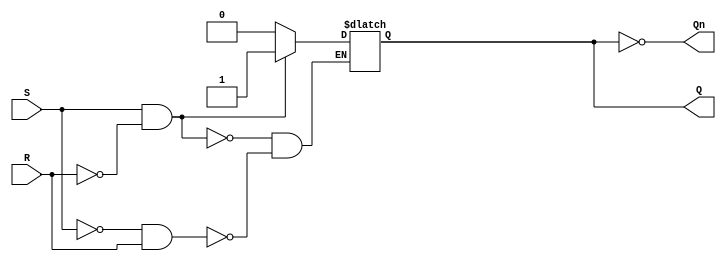
module sr_latch (
    input S, // Set input
    input R, // Reset input
    output reg Q, // Q output
    output reg Qn // Q' output
);

always @ (S or R) begin
    if (S & ~R)
        Q <= 1'b1;
    else if (~S & R)
        Q <= 1'b0;
end

assign Qn = ~Q;

endmodule